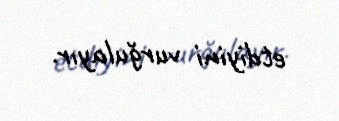
etdiyini vurğulayır.